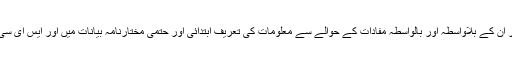
میڈوبروک کے حصص یافتگان کی مختارنامہ استدعا کے شرکاء اور ان کے بلاواسطہ اور بالواسطہ مفادات کے حوالے سے معلومات کی تعریف ابتدائی اور حتمی مختارنامہ بیانات میں اور ایس ای سی کے ساتھ متعلقہ مواد، جب بھی وہ دستیاب ہوگا، میں شامل ہوں گی۔